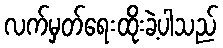
လက်မှတ်ရေးထိုးခဲ့ပါသည်